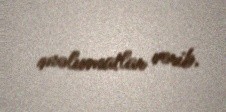
məlumatlar verib.